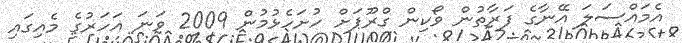
އެމައްސަލަ އޭނާގެ ފަރާތުން ވޯކިން ގްރޫޕަށް ހުށަހެޅުމުން 2009 ވަނަ އަހަރުގެ މެއިގައި